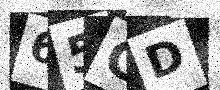
Text: 65GD